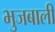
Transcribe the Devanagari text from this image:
भुजबाली